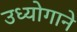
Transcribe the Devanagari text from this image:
उध्योगाने